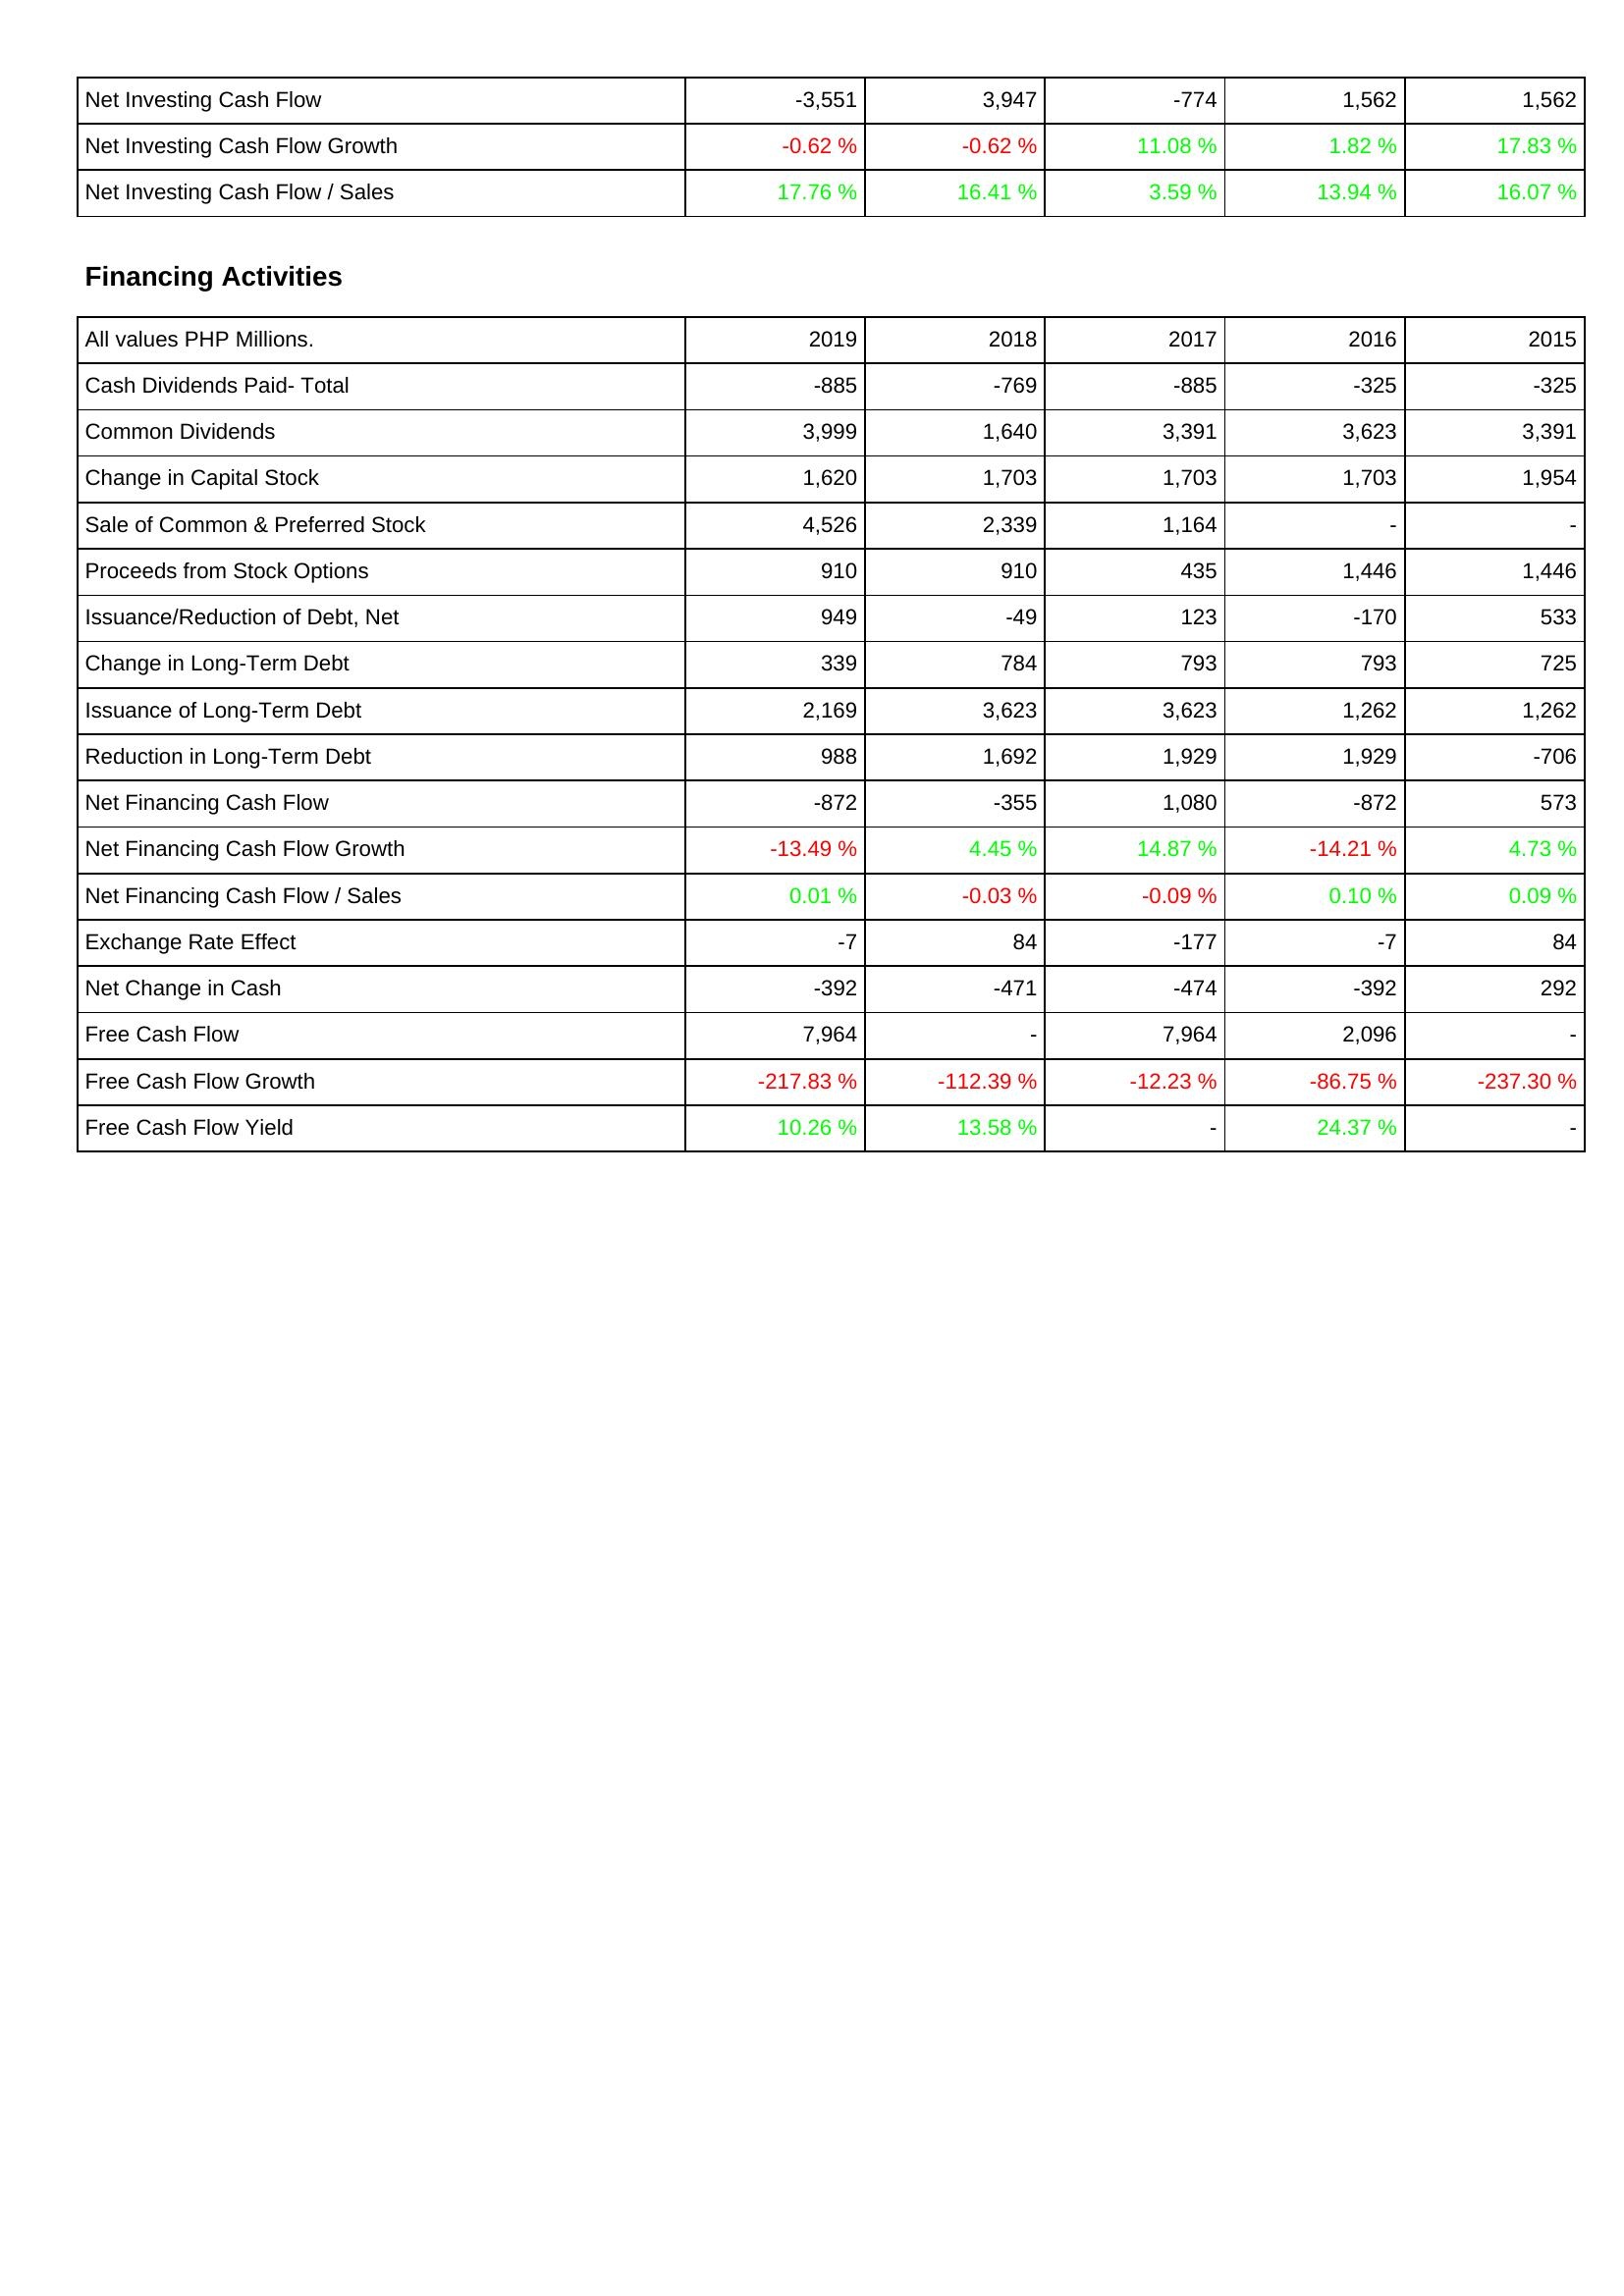
2019: Investing Activities: Net Investing Cash Flow: -3,551
Net Investing Cash Flow Growth: -0.62 %
Net Investing Cash Flow / Sales: 17.76 %
Financing Activities: Cash Dividends Paid- Total: -885
Common Dividends: 3,999
Change in Capital Stock: 1,620
Sale of Common & Preferred Stock: 4,526
Proceeds from Stock Options: 910
Issuance/Reduction of Debt, Net: 949
Change in Long-Term Debt: 339
Issuance of Long-Term Debt: 2,169
Reduction in Long-Term Debt: 988
Net Financing Cash Flow: -872
Net Financing Cash Flow Growth: -13.49 %
Net Financing Cash Flow / Sales: 0.01 %
Exchange Rate Effect: -7
Net Change in Cash: -392
Free Cash Flow: 7,964
Free Cash Flow Growth: -217.83 %
Free Cash Flow Yield: 10.26 %
2018: Investing Activities: Net Investing Cash Flow: 3,947
Net Investing Cash Flow Growth: -0.62 %
Net Investing Cash Flow / Sales: 16.41 %
Financing Activities: Cash Dividends Paid- Total: -769
Common Dividends: 1,640
Change in Capital Stock: 1,703
Sale of Common & Preferred Stock: 2,339
Proceeds from Stock Options: 910
Issuance/Reduction of Debt, Net: -49
Change in Long-Term Debt: 784
Issuance of Long-Term Debt: 3,623
Reduction in Long-Term Debt: 1,692
Net Financing Cash Flow: -355
Net Financing Cash Flow Growth: 4.45 %
Net Financing Cash Flow / Sales: -0.03 %
Exchange Rate Effect: 84
Net Change in Cash: -471
Free Cash Flow: -
Free Cash Flow Growth: -112.39 %
Free Cash Flow Yield: 13.58 %
2017: Investing Activities: Net Investing Cash Flow: -774
Net Investing Cash Flow Growth: 11.08 %
Net Investing Cash Flow / Sales: 3.59 %
Financing Activities: Cash Dividends Paid- Total: -885
Common Dividends: 3,391
Change in Capital Stock: 1,703
Sale of Common & Preferred Stock: 1,164
Proceeds from Stock Options: 435
Issuance/Reduction of Debt, Net: 123
Change in Long-Term Debt: 793
Issuance of Long-Term Debt: 3,623
Reduction in Long-Term Debt: 1,929
Net Financing Cash Flow: 1,080
Net Financing Cash Flow Growth: 14.87 %
Net Financing Cash Flow / Sales: -0.09 %
Exchange Rate Effect: -177
Net Change in Cash: -474
Free Cash Flow: 7,964
Free Cash Flow Growth: -12.23 %
Free Cash Flow Yield: -
2016: Investing Activities: Net Investing Cash Flow: 1,562
Net Investing Cash Flow Growth: 1.82 %
Net Investing Cash Flow / Sales: 13.94 %
Financing Activities: Cash Dividends Paid- Total: -325
Common Dividends: 3,623
Change in Capital Stock: 1,703
Sale of Common & Preferred Stock: -
Proceeds from Stock Options: 1,446
Issuance/Reduction of Debt, Net: -170
Change in Long-Term Debt: 793
Issuance of Long-Term Debt: 1,262
Reduction in Long-Term Debt: 1,929
Net Financing Cash Flow: -872
Net Financing Cash Flow Growth: -14.21 %
Net Financing Cash Flow / Sales: 0.10 %
Exchange Rate Effect: -7
Net Change in Cash: -392
Free Cash Flow: 2,096
Free Cash Flow Growth: -86.75 %
Free Cash Flow Yield: 24.37 %
2015: Investing Activities: Net Investing Cash Flow: 1,562
Net Investing Cash Flow Growth: 17.83 %
Net Investing Cash Flow / Sales: 16.07 %
Financing Activities: Cash Dividends Paid- Total: -325
Common Dividends: 3,391
Change in Capital Stock: 1,954
Sale of Common & Preferred Stock: -
Proceeds from Stock Options: 1,446
Issuance/Reduction of Debt, Net: 533
Change in Long-Term Debt: 725
Issuance of Long-Term Debt: 1,262
Reduction in Long-Term Debt: -706
Net Financing Cash Flow: 573
Net Financing Cash Flow Growth: 4.73 %
Net Financing Cash Flow / Sales: 0.09 %
Exchange Rate Effect: 84
Net Change in Cash: 292
Free Cash Flow: -
Free Cash Flow Growth: -237.30 %
Free Cash Flow Yield: -